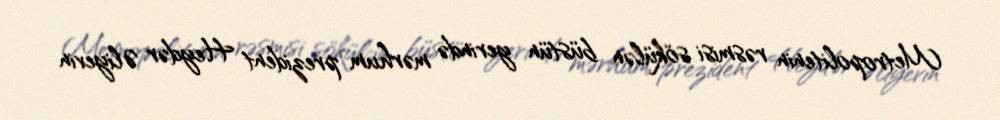
Metropolitenin rəsmisi sökülən büstün yerində mərhum prezident Heydər Əliyevin